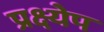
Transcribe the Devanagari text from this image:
प्रक्ष्येप